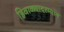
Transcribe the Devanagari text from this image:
हिवाळ्यादरम्यान